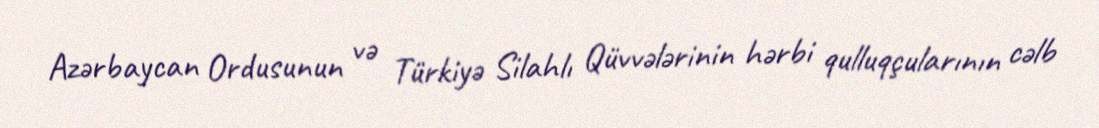
Azərbaycan Ordusunun və Türkiyə Silahlı Qüvvələrinin hərbi qulluqçularının cəlb